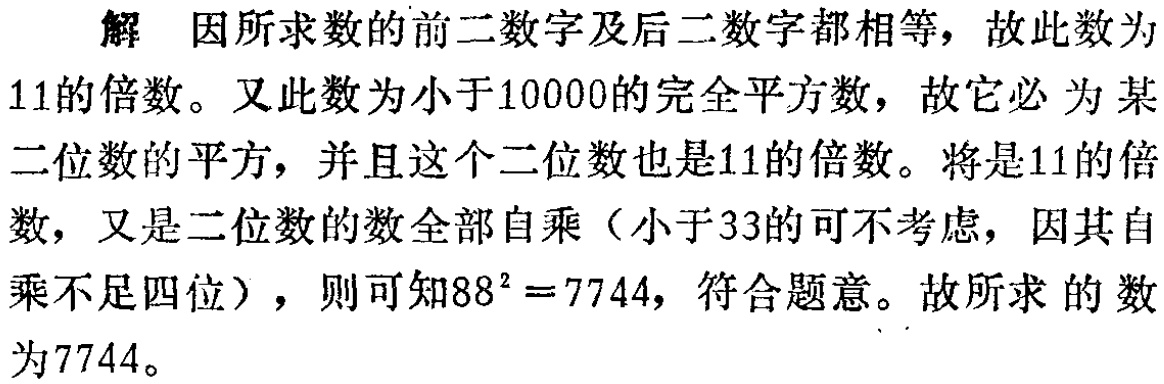
解 因所求数的前二数字及后二数字都相等，故此数为

11的倍数。又此数为小于10000的完全平方数，故它必 为 某

二位数的平方，并且这个二位数也是11的倍数。将是11的倍

数，又是二位数的数全部自乘（小于33的可不考虑，因其自

乘不足四位），则可知\(88^{2}=7744\)，符合题意。故所求 的 数

为7744。